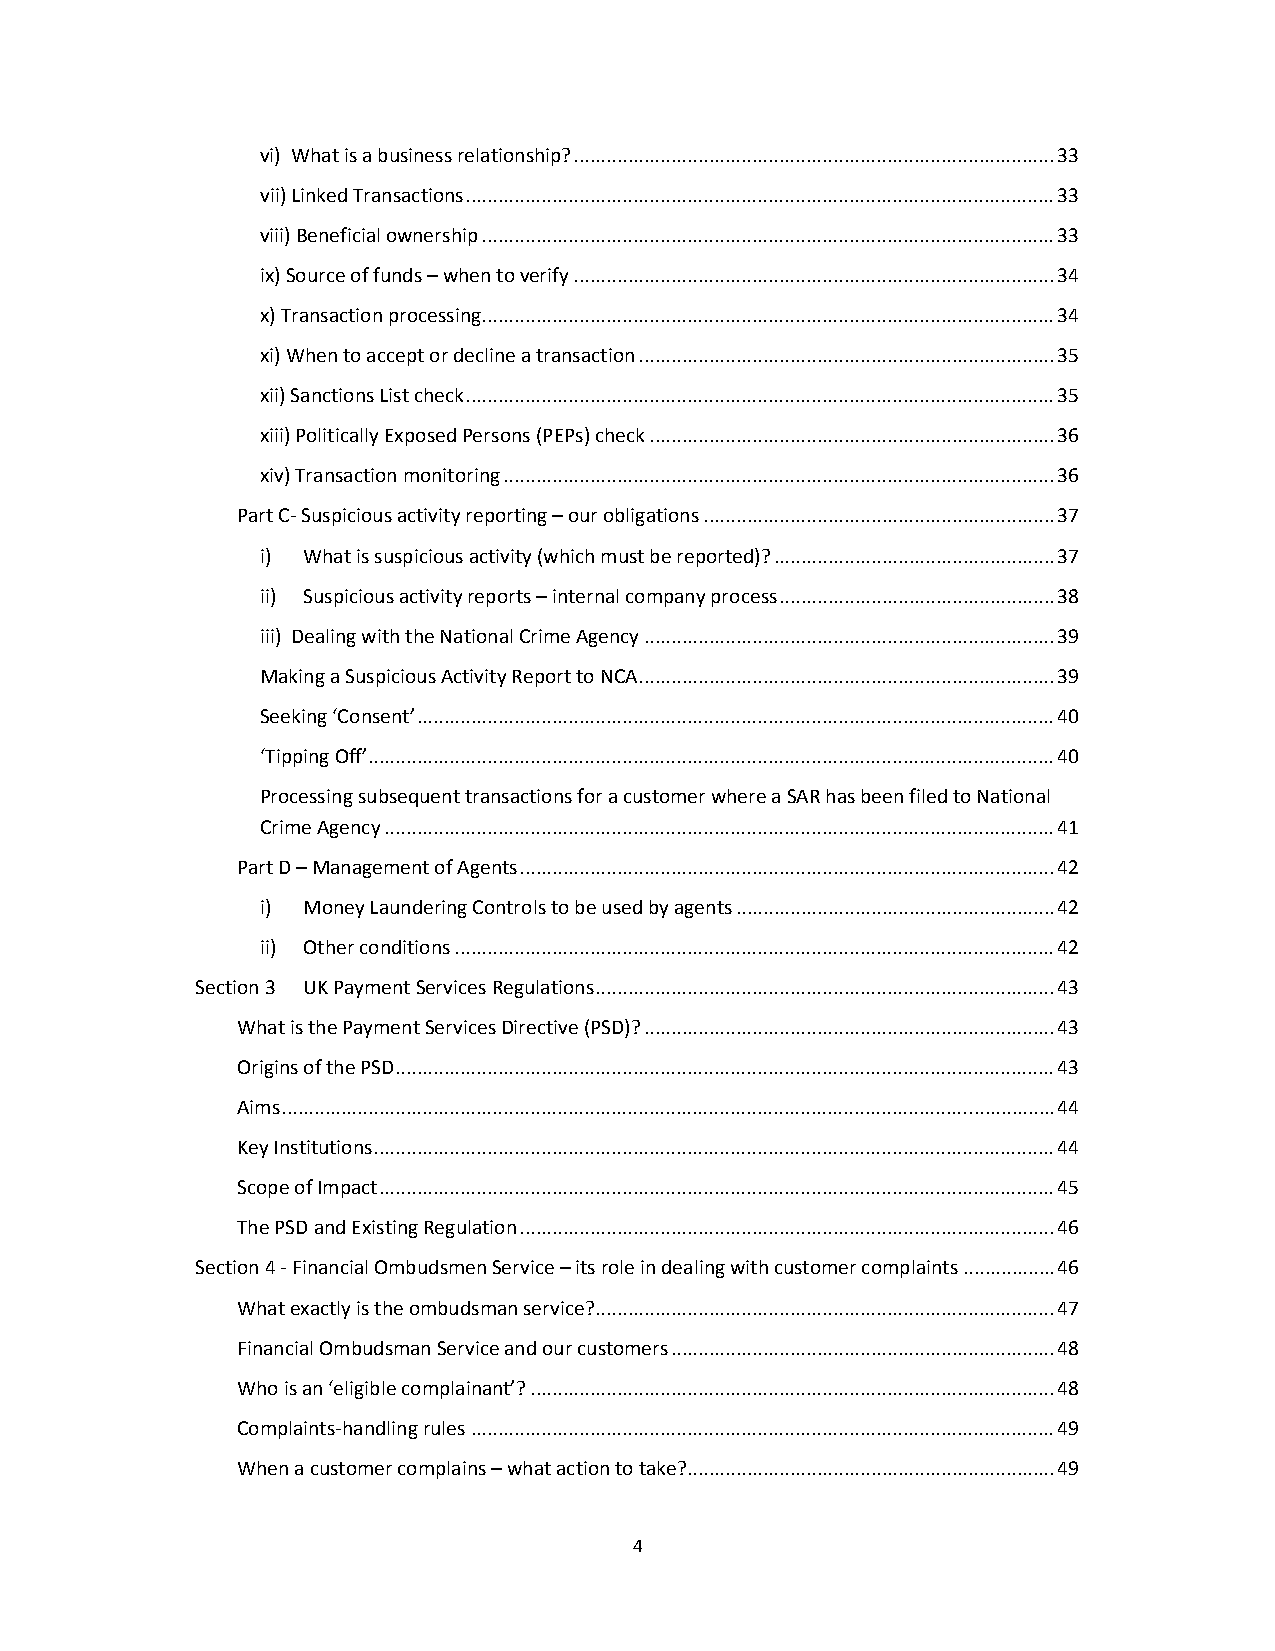
vi) What is a business relationship? ......................................................................................... 33
 vii) Linked Transactions ............................................................................................................. 33
 viii) Beneficial ownership .......................................................................................................... 33
 ix) Source of funds – when to verify ......................................................................................... 34
 x) Transaction processing .......................................................................................................... 34
 xi) When to accept or decline a transaction ............................................................................. 35
 xii) Sanctions List check ............................................................................................................. 35
 xiii) Politically Exposed Persons (PEPs) check ........................................................................... 36
 xiv) Transaction monitoring ...................................................................................................... 36
 Part C‐ Suspicious activity reporting – our obligations ................................................................. 37
 i) What is suspicious activity (which must be reported)? .................................................... 37
 ii) Suspicious activity reports – internal company process ................................................... 38
 iii) Dealing with the National Crime Agency ............................................................................ 39
 Making a Suspicious Activity Report to NCA ............................................................................. 39
 Seeking ‘Consent’ ...................................................................................................................... 40
 ‘Tipping Off’ ............................................................................................................................... 40
 Processing subsequent transactions for a customer where a SAR has been filed to National
 Crime Agency ............................................................................................................................ 41
 Part D – Management of Agents ................................................................................................... 42
 i) Money Laundering Controls to be used by agents ........................................................... 42
 ii) Other conditions ............................................................................................................... 42
 Section 3 UK Payment Services Regulations ..................................................................................... 43
 What is the Payment Services Directive (PSD)? ............................................................................ 43
 Origins of the PSD .......................................................................................................................... 43
 Aims ............................................................................................................................................... 44
 Key Institutions .............................................................................................................................. 44
 Scope of Impact ............................................................................................................................. 45
 The PSD and Existing Regulation ................................................................................................... 46
 Section 4 ‐ Financial Ombudsmen Service – its role in dealing with customer complaints ................. 46
 What exactly is the ombudsman service? ..................................................................................... 47
 Financial Ombudsman Service and our customers ....................................................................... 48
 Who is an ‘eligible complainant’? ................................................................................................. 48
 Complaints‐handling rules ............................................................................................................ 49
 When a customer complains – what action to take? .................................................................... 49
 4